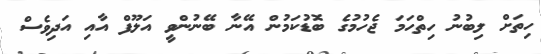
ހިތަށް ލިބުނު ހިތްހަމަ ޖެހުމުގެ ބޮޑުކަމުން އޭނާ ބޭނުންވީ އަލޫފް އާއި އަދިވެސް